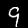
Digit: 9